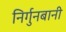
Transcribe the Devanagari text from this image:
निर्गुनबानी